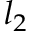
l _ { 2 }